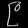
Digit: ၉